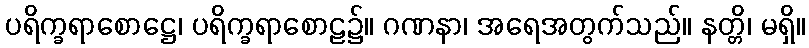
ပရိက္ခရာစောဋ္ဌေ၊ ပရိက္ခရာစောဠ၌။ ဂဏနာ၊ အရေအတွက်သည်။ နတ္တိ၊ မရှိ။